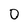
Character: O